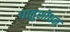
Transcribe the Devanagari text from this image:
धातुशोधन